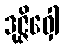
ဒုဇ္ဇိဝှေါ